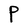
Character: P